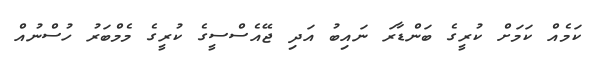
ކަމެއް ކަމަށް ކުރީގެ ބަންޑާރަ ނައިބު އަދި ޖޭއެސްސީގެ ކުރީގެ މެމްބަރު ހުސްނުއް